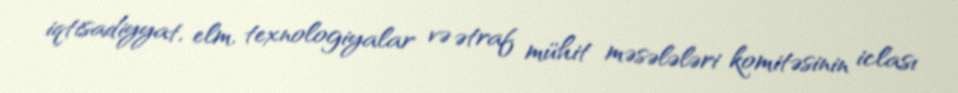
iqtisadiyyat, elm, texnologiyalar və ətraf mühit məsələləri komitəsinin iclası